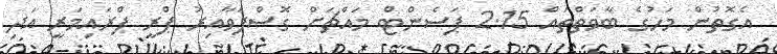
އެގޮތުން މަހުގެ ބާވަތްތައް 2.15 ޕަސެންޓް މައްޗަށް ގޮސްފަވާއިރު ޕްރީ ޕްރައިމަރީ އަދި